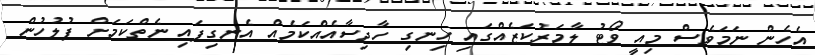
އެހެން ނަމަވެސް މިއީ ވޯޓު ލާމަރުކަޒެއްގައި ހިނގި ހާދިސާއެއްކަމެއް އެނގިފައި ނެތްކަމަށް ފުލުހުން